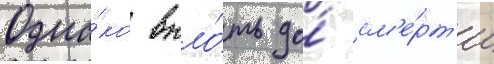
Одна́ко впло́ть до́ см'е́рт'и